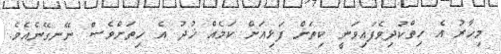
މިހާރު އެ ހިތްކުދިވެފައިވަނީ ކިތަށް ފަޅިއަށް ކަމެއް ޚުދު އެ ހިތަށްވެސް ނޭނގޭނެއެވެ.